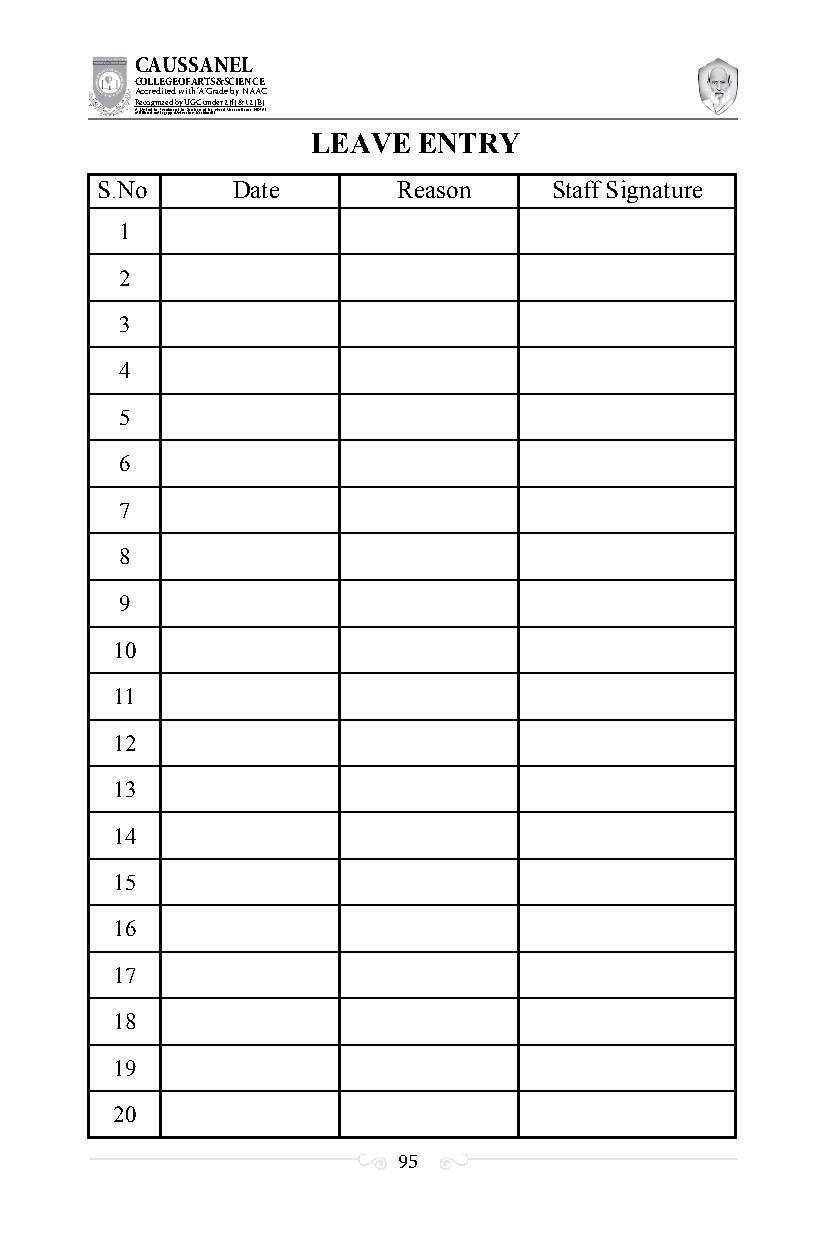
CAUSSANEL
 COLLEGE OF ARTS & SCIENCE
 Accredited with ‘A’ Grade by NAAC
 Recognized by UGC under 2 (f) & 12 (B)
 ((AA fUfilniaitt eodf ttoh eA Ilnasgtaitpuptae oUfn tihvee rBsirtoy,t hKerasr aoifk uthdei )S acred Heart of Jesus, INDIA)
 LEAVE  ENTRY
 S.No     Date       Reason    Staff Signature
 1
 2
 3
 4
 5
 6
 7
 8
 9
 10
 11
 12
 13
 14
 15
 16
 17
 18
 19
 20
 95